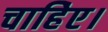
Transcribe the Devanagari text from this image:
चाहिेए।